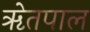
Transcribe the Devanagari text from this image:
ॠेतपाल